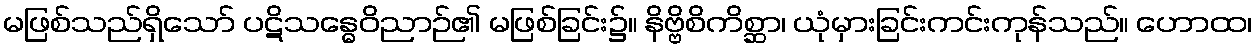
မဖြစ်သည်ရှိသော် ပဋိသန္ဓေဝိညာဉ်၏ မဖြစ်ခြင်း၌။ နိဗ္ဗိစိကိစ္ဆာ၊ ယုံမှားခြင်းကင်းကုန်သည်။ ဟောထ၊